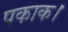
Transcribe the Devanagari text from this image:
पकाक।